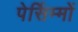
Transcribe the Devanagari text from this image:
पेर्सिम्मों